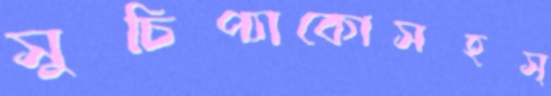
সুচিপ্যাকোসহস্